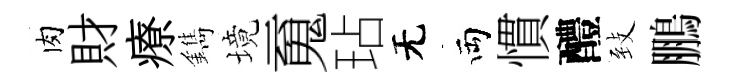
肉財療鐫境䰟玷无両慣醴𦤺鵬